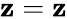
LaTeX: \mathbf{z}=\mathbf{z}